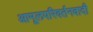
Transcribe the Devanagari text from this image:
आमूलपरिवर्तनवादी